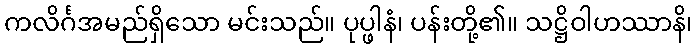
ကလိင်္ဂအမည်ရှိသော မင်းသည်။ ပုပ္ဖါနံ၊ ပန်းတို့၏။ သဋ္ဌိဝါဟဿာနိ၊